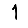
Digit: 1